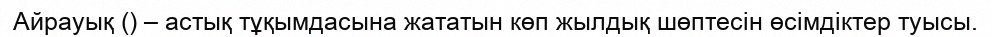
Айрауық () – астық тұқымдасына жататын көп жылдық шөптесін өсімдіктер туысы.